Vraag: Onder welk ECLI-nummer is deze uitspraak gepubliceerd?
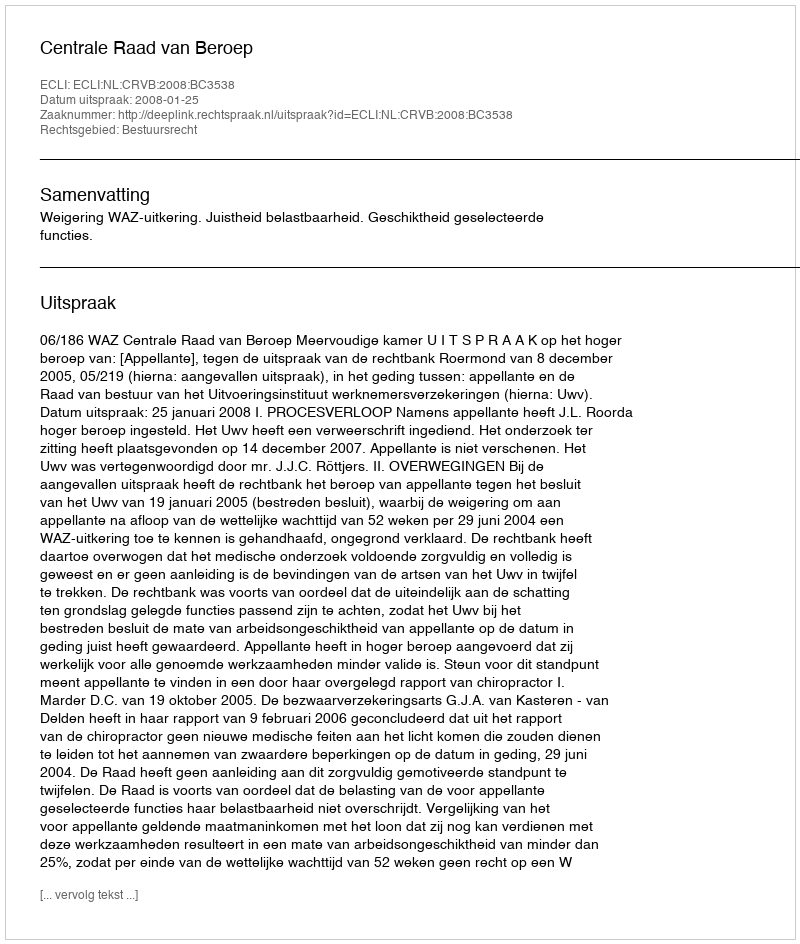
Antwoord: ECLI:NL:CRVB:2008:BC3538